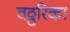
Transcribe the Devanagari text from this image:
वठ्ठरिका